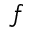
f